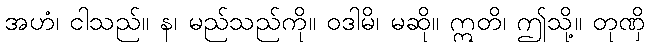
အဟံ၊ ငါသည်။ န၊ မည်သည်ကို။ ဝဒါမိ၊ မဆို။ ဣတိ၊ ဤသို့။ တုဏှိ